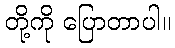
တို့ကို ပြောတာပါ။